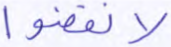
لانفضوا